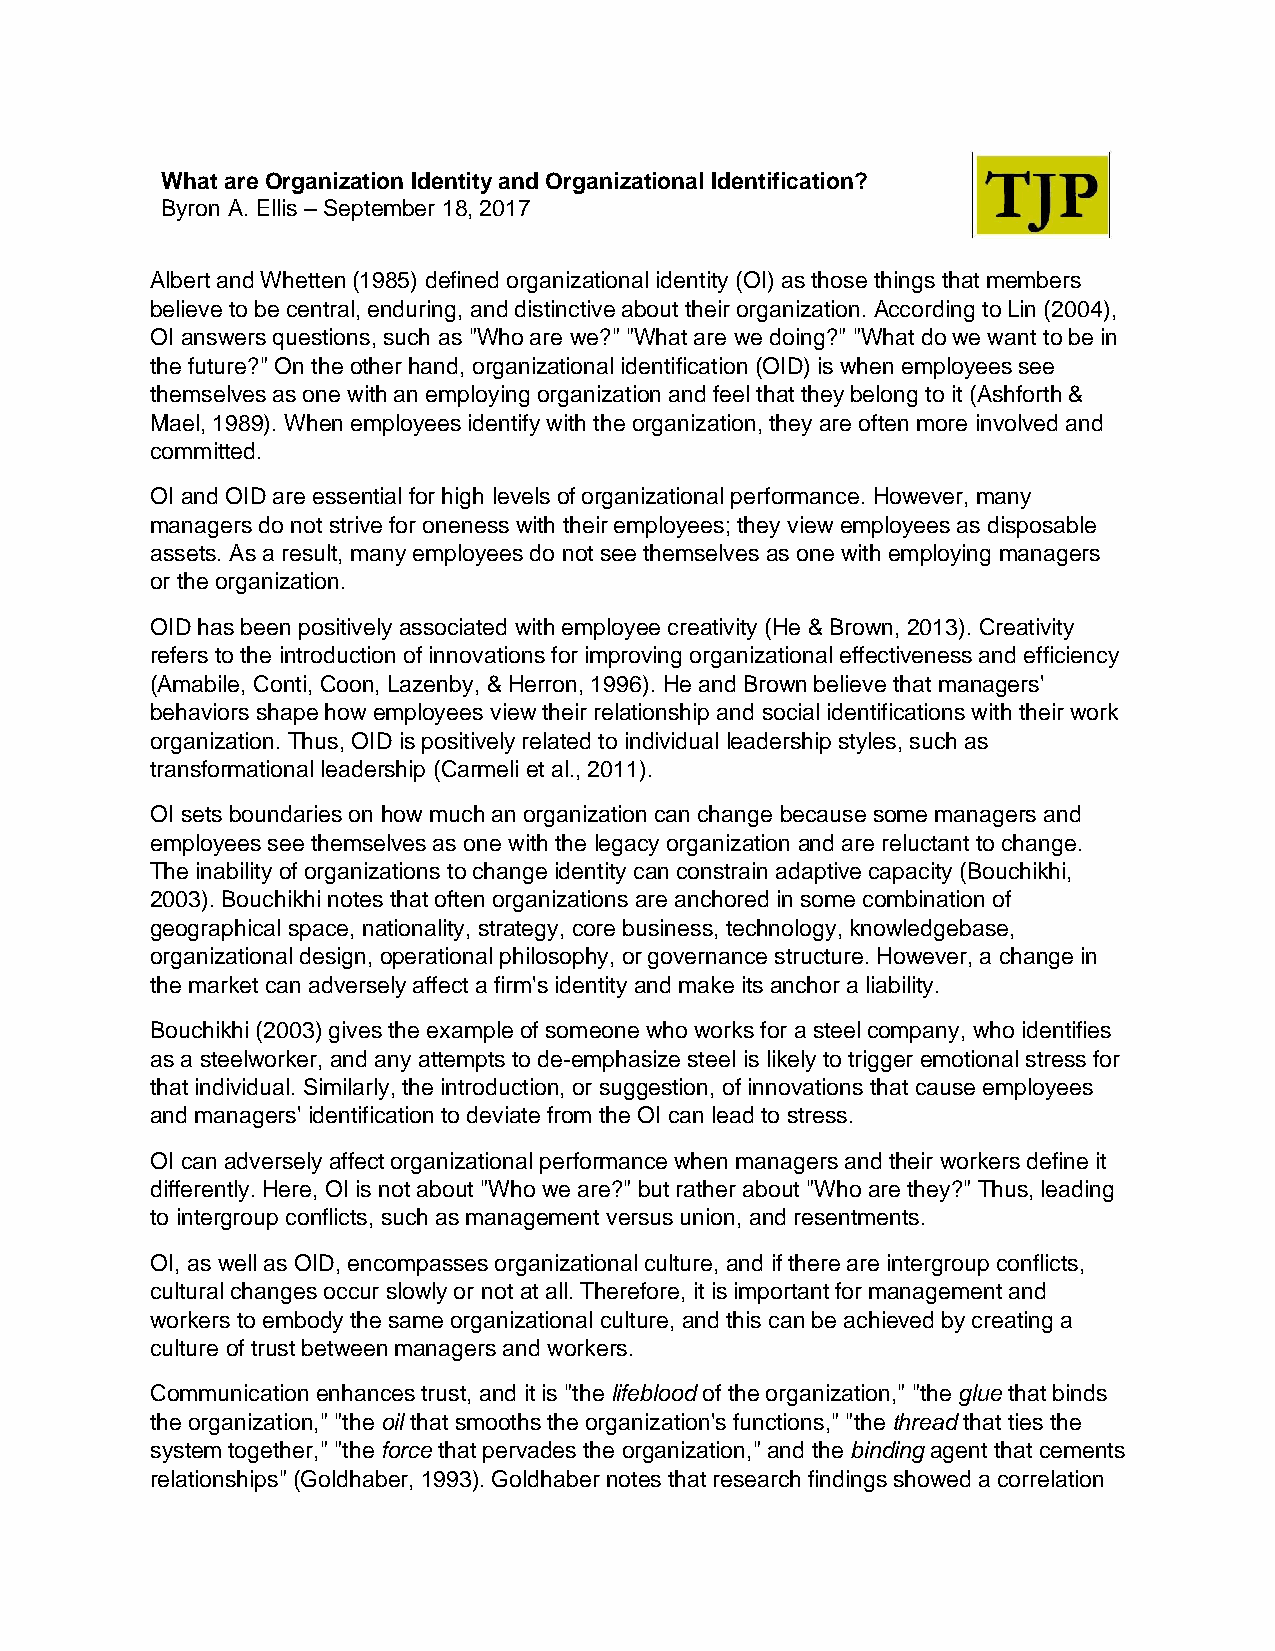
What are Organization Identity and Organizational Identification?
 Byron A. Ellis – September 18, 2017
 Albert and Whetten (1985) defined organizational identity (OI) as those things that members
 believe to be central, enduring, and distinctive about their organization. According to Lin (2004),
 OI answers questions, such as "Who are we?" "What are we doing?" "What do we want to be in
 the future?" On the other hand, organizational identification (OID) is when employees see
 themselves as one with an employing organization and feel that they belong to it (Ashforth &
 Mael, 1989). When employees identify with the organization, they are often more involved and
 committed.
 OI and OID are essential for high levels of organizational performance. However, many
 managers do not strive for oneness with their employees; they view employees as disposable
 assets. As a result, many employees do not see themselves as one with employing managers
 or the organization.
 OID has been positively associated with employee creativity (He & Brown, 2013). Creativity
 refers to the introduction of innovations for improving organizational effectiveness and efficiency
 (Amabile, Conti, Coon, Lazenby, & Herron, 1996). He and Brown believe that managers'
 behaviors shape how employees view their relationship and social identifications with their work
 organization. Thus, OID is positively related to individual leadership styles, such as
 transformational leadership (Carmeli et al., 2011).
 OI sets boundaries on how much an organization can change because some managers and
 employees see themselves as one with the legacy organization and are reluctant to change.
 The inability of organizations to change identity can constrain adaptive capacity (Bouchikhi,
 2003). Bouchikhi notes that often organizations are anchored in some combination of
 geographical space, nationality, strategy, core business, technology, knowledgebase,
 organizational design, operational philosophy, or governance structure. However, a change in
 the market can adversely affect a firm's identity and make its anchor a liability.
 Bouchikhi (2003) gives the example of someone who works for a steel company, who identifies
 as a steelworker, and any attempts to de-emphasize steel is likely to trigger emotional stress for
 that individual. Similarly, the introduction, or suggestion, of innovations that cause employees
 and managers' identification to deviate from the OI can lead to stress.
 OI can adversely affect organizational performance when managers and their workers define it
 differently. Here, OI is not about "Who we are?" but rather about "Who are they?" Thus, leading
 to intergroup conflicts, such as management versus union, and resentments.
 OI, as well as OID, encompasses organizational culture, and if there are intergroup conflicts,
 cultural changes occur slowly or not at all. Therefore, it is important for management and
 workers to embody the same organizational culture, and this can be achieved by creating a
 culture of trust between managers and workers.
 Communication enhances trust, and it is "the lifeblood of the organization," "the glue that binds
 the organization," "the oil that smooths the organization's functions," "the thread that ties the
 system together," "the force that pervades the organization," and the binding agent that cements
 relationships" (Goldhaber, 1993). Goldhaber notes that research findings showed a correlation